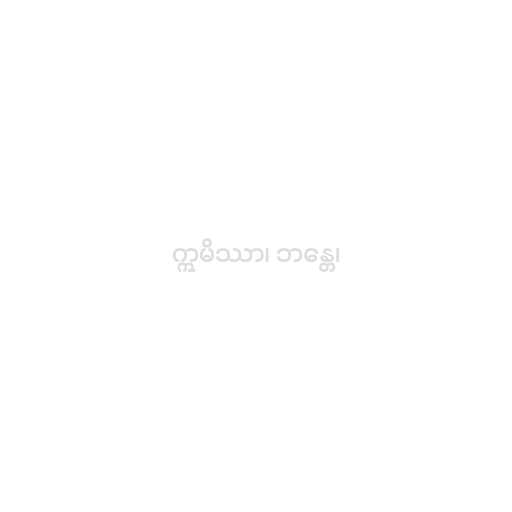
ဣမိဿာ၊ ဘန္တေ၊